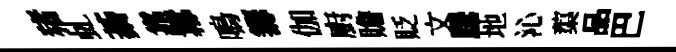
猪虬綦靠羃鳴籌伽廚贍貶文騰地沁蕖品巴